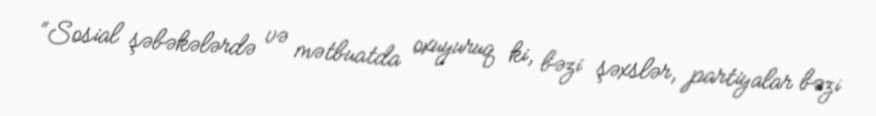
“Sosial şəbəkələrdə və mətbuatda oxuyuruq ki, bəzi şəxslər, partiyalar bəzi